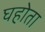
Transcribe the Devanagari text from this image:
घहोता